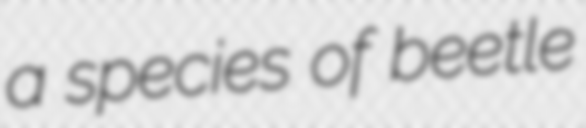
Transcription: a species of beetle